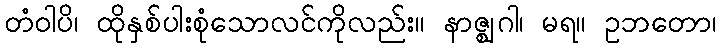
တံဝါပိ၊ ထိုနှစ်ပါးစုံသောလင်ကိုလည်း။ နာဇ္ဈဂါ၊ မရ။ ဥဘတော၊